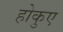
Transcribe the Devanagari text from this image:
होकुए